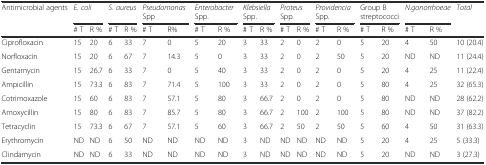
| Antimicrobial agents | <COLSPAN=2> E. coli | <COLSPAN=2> S. aureus | <COLSPAN=2> Pseudomonas Spp | <COLSPAN=2> Enterobacter Spp. | <COLSPAN=2> Klebsiella Spp. | <COLSPAN=2> Proteus Spp. | <COLSPAN=2> Providencia Spp. | <COLSPAN=2> Group B streptococci | <COLSPAN=2> N.gonorrhoeae | Total |
 |  | # T | R % | # T | R % | # T | R% | # T | R % | # T | R % | # T | R % | # T | R % | # T | R % | # T | R % |  |
 | --- | --- | --- | --- | --- | --- | --- | --- | --- | --- | --- | --- | --- | --- | --- | --- | --- | --- | --- | --- |
 | Ciprofloxacin | 15 | 20 | 6 | 33 | 7 | 0 | 5 | 20 | 3 | 33 | 2 | 0 | 2 | 0 | 5 | 20 | 4 | 50 | 10 (20.4) |
 | Norfloxacin | 15 | 20 | 6 | 67 | 7 | 14.3 | 5 | 0 | 3 | 33 | 2 | 0 | 2 | 50 | 5 | 20 | ND | ND | 11 (24.4) |
 | Gentamycin | 15 | 26.7 | 6 | 33 | 7 | 0 | 5 | 40 | 3 | 33 | 2 | 0 | 2 | 0 | 5 | 20 | 4 | 25 | 11 (22.4) |
 | Ampicillin | 15 | 73.3 | 6 | 83 | 7 | 71.4 | 5 | 100 | 3 | 33 | 2 | 0 | 2 | 0 | 5 | 80 | 4 | 25 | 32 (65.3) |
 | Cotrimoxazole | 15 | 60 | 6 | 83 | 7 | 57.1 | 5 | 80 | 3 | 66.7 | 2 | 0 | 2 | 0 | 5 | 80 | ND | ND | 28 (62.2) |
 | Amoxycillin | 15 | 80 | 6 | 83 | 7 | 85.7 | 5 | 80 | 3 | 66.7 | 2 | 100 | 2 | 100 | 5 | 80 | ND | ND | 37 (82.2) |
 | Tetracyclin | 15 | 73.3 | 6 | 67 | 7 | 57.1 | 5 | 60 | 3 | 66.7 | 2 | 50 | 2 | 50 | 5 | 60 | 4 | 50 | 31 (63.3) |
 | Erythromycin | ND | ND | 6 | 50 | ND | ND | ND | ND | 3 | ND | ND | ND | ND | ND | 5 | 20 | 4 | 25 | 5 (33.3) |
 | Clindamycin | ND | ND | 6 | 33 | ND | ND | ND | ND | 3 | ND | ND | ND | ND | ND | 5 | 20 | ND | ND | 3 (27.3) |